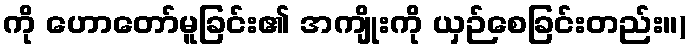
ကို ဟောတော်မူခြင်း၏ အကျိုးကို ယှဉ်စေခြင်းတည်း။)